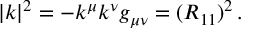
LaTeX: | k | ^ { 2 } = - k ^ { \mu } k ^ { \nu } g _ { \mu \nu } = ( R _ { 1 1 } ) ^ { 2 } \, .